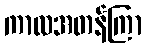
ကာလအတန်ကြာ